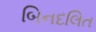
બિનદલિત